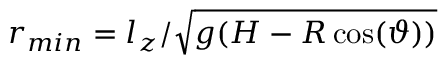
r _ { m i n } = l _ { z } / \sqrt { g ( H - R \cos ( \vartheta ) ) }